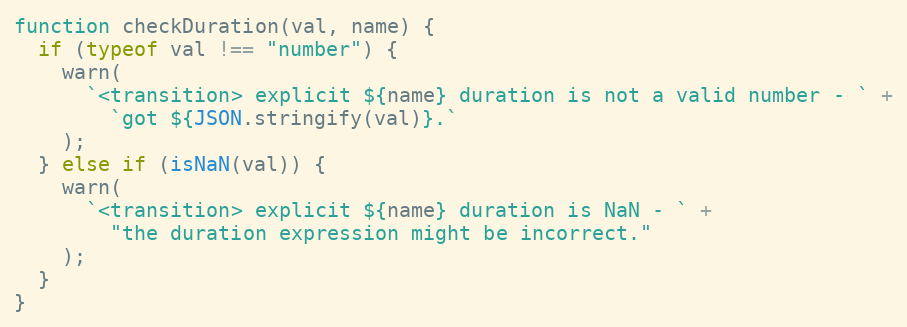
Language: JavaScript
function checkDuration(val, name) {
  if (typeof val !== "number") {
    warn(
      `<transition> explicit ${name} duration is not a valid number - ` +
        `got ${JSON.stringify(val)}.`
    );
  } else if (isNaN(val)) {
    warn(
      `<transition> explicit ${name} duration is NaN - ` +
        "the duration expression might be incorrect."
    );
  }
}